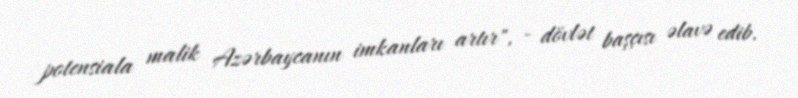
potensiala malik Azərbaycanın imkanları artır", - dövlət başçısı əlavə edib.